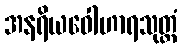
အနရိယဝေါဟာရသုတ္တံ